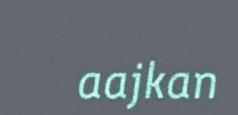
aajkan